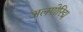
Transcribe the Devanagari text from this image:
अलगोरिद्म